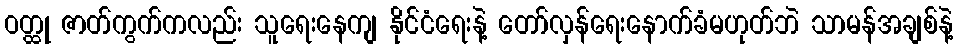
ဝတ္ထု ဇာတ်ကွက်ကလည်း သူရေးနေကျ နိုင်ငံရေးနဲ့ တော်လှန်ရေးနောက်ခံမဟုတ်ဘဲ သာမန်အချစ်နဲ့